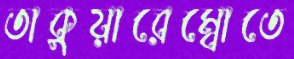
তাকুয়ারেম্বোতে